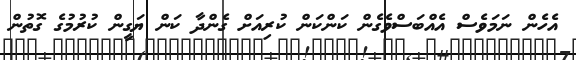
އެހެން ނަމަވެސް އެއްބަސްވެގެން ކަންކަން ކުރިއަށް ގެންދާ ކަން ޔަގީން ކުރުމުގެ ގޮތުން